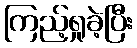
ကြည့်ရှုခဲ့ပြီး